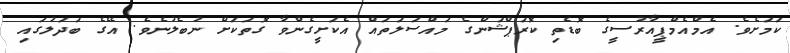
ކަމަށެވެ. އެމްއެމްޕީއާރުސީގެ ބޮޑެތި ކޮރަޕްޝަންގެ މައްސަލަތައް އެކަށީގެންވާ ގޮތަކަށް ނުބެލުނެވެ. އޭގެ ބަދަލުގައި